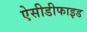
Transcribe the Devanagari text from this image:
ऐसीडीफाइड